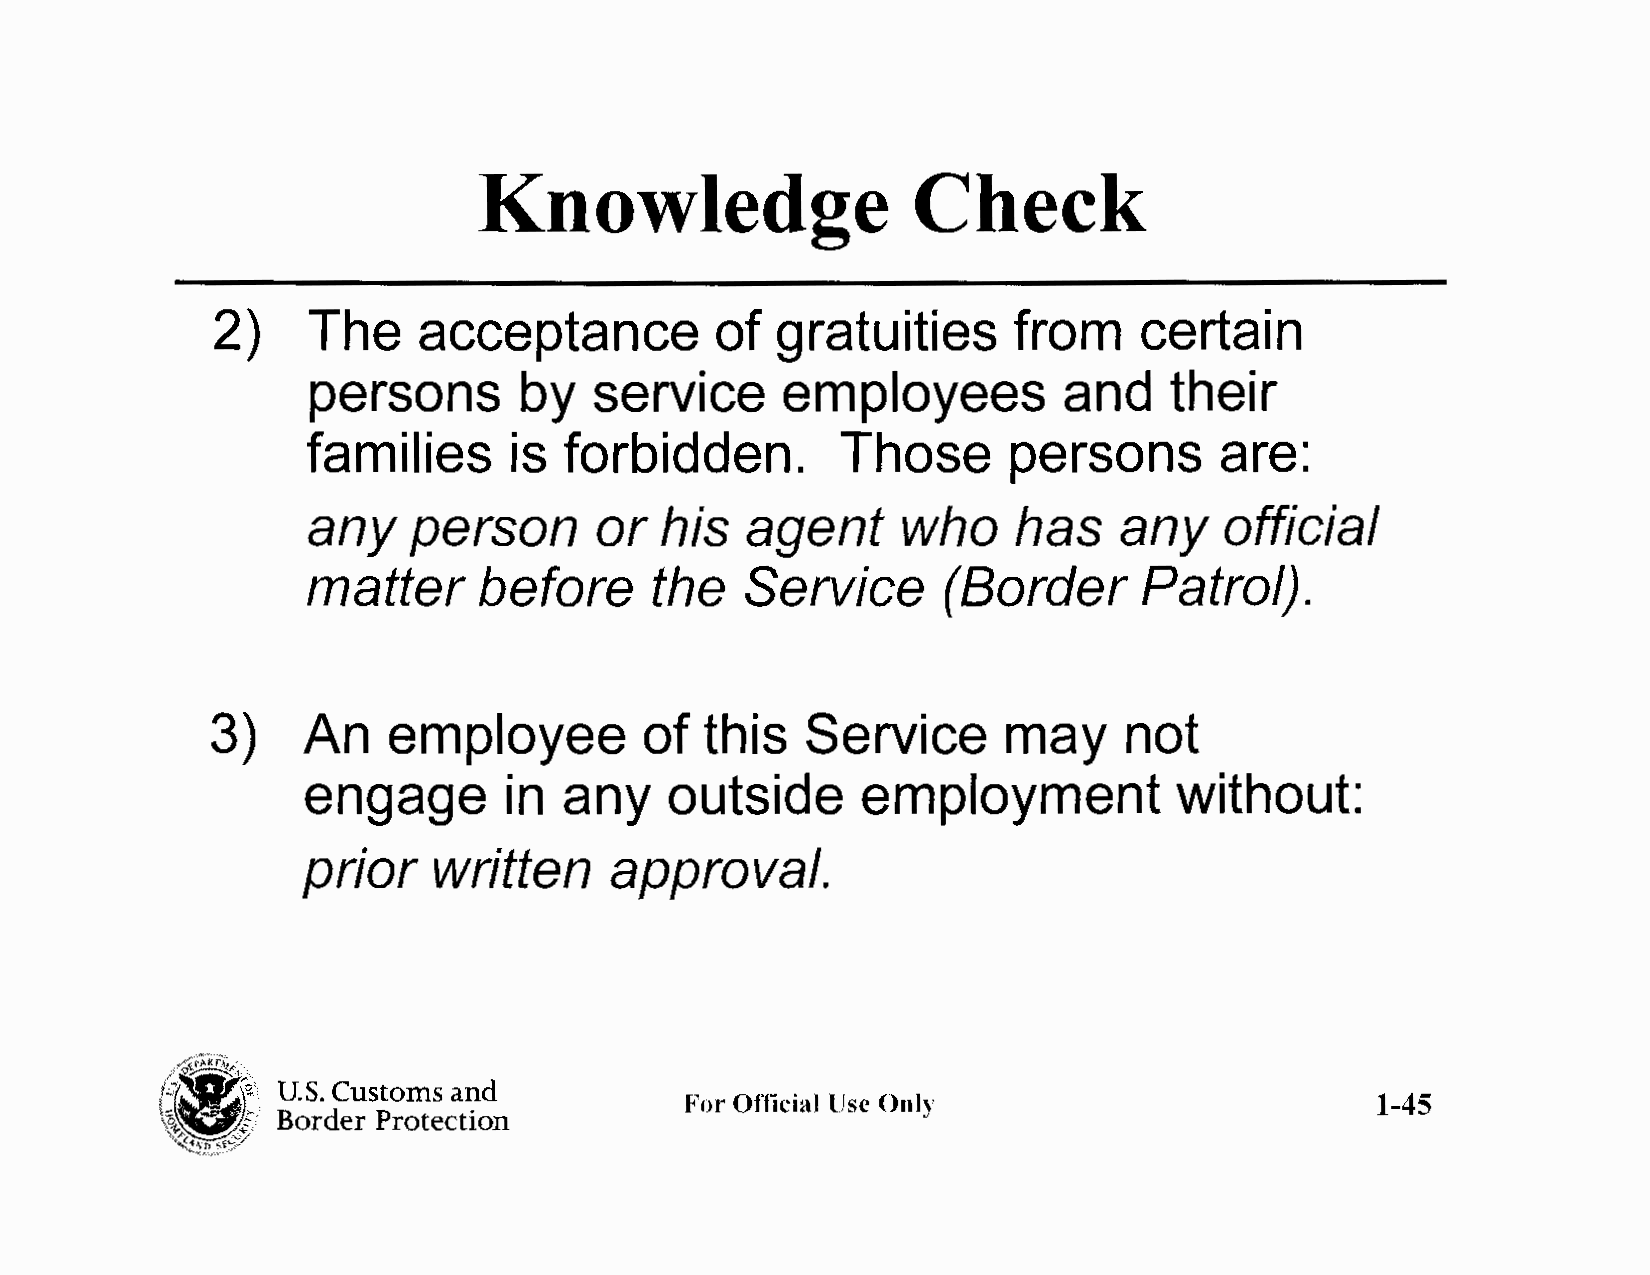
Knowledge                   Check
 2)    The     acceptance         of  gratuities      from     certain
 persons       by   service      employees         and     their
 families      is forbidden.         Those      persons       are:
 any    person      or   his  agent      who    has    any    official
 matter      before     the   Service      (Border       Patrol).
 3)    An    employee         of  this  Service       may    not
 engage        in any    outside      employment           without:
 prior    written    approval.
 -·<frft.kl'.¼1:~-,
 ~l-~~J;,
 ~•· U.S. Customs and
 For Official Use Only                         1-45
 Border Protection